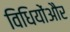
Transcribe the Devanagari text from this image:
विधियोंऔर